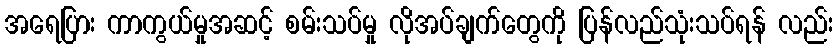
အရေပြား ကာကွယ်မှုအဆင့် စမ်းသပ်မှု လိုအပ်ချက်တွေကို ပြန်လည်သုံးသပ်ရန် လည်း